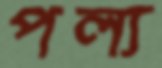
পল্য